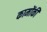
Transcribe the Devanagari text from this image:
कामोंकी